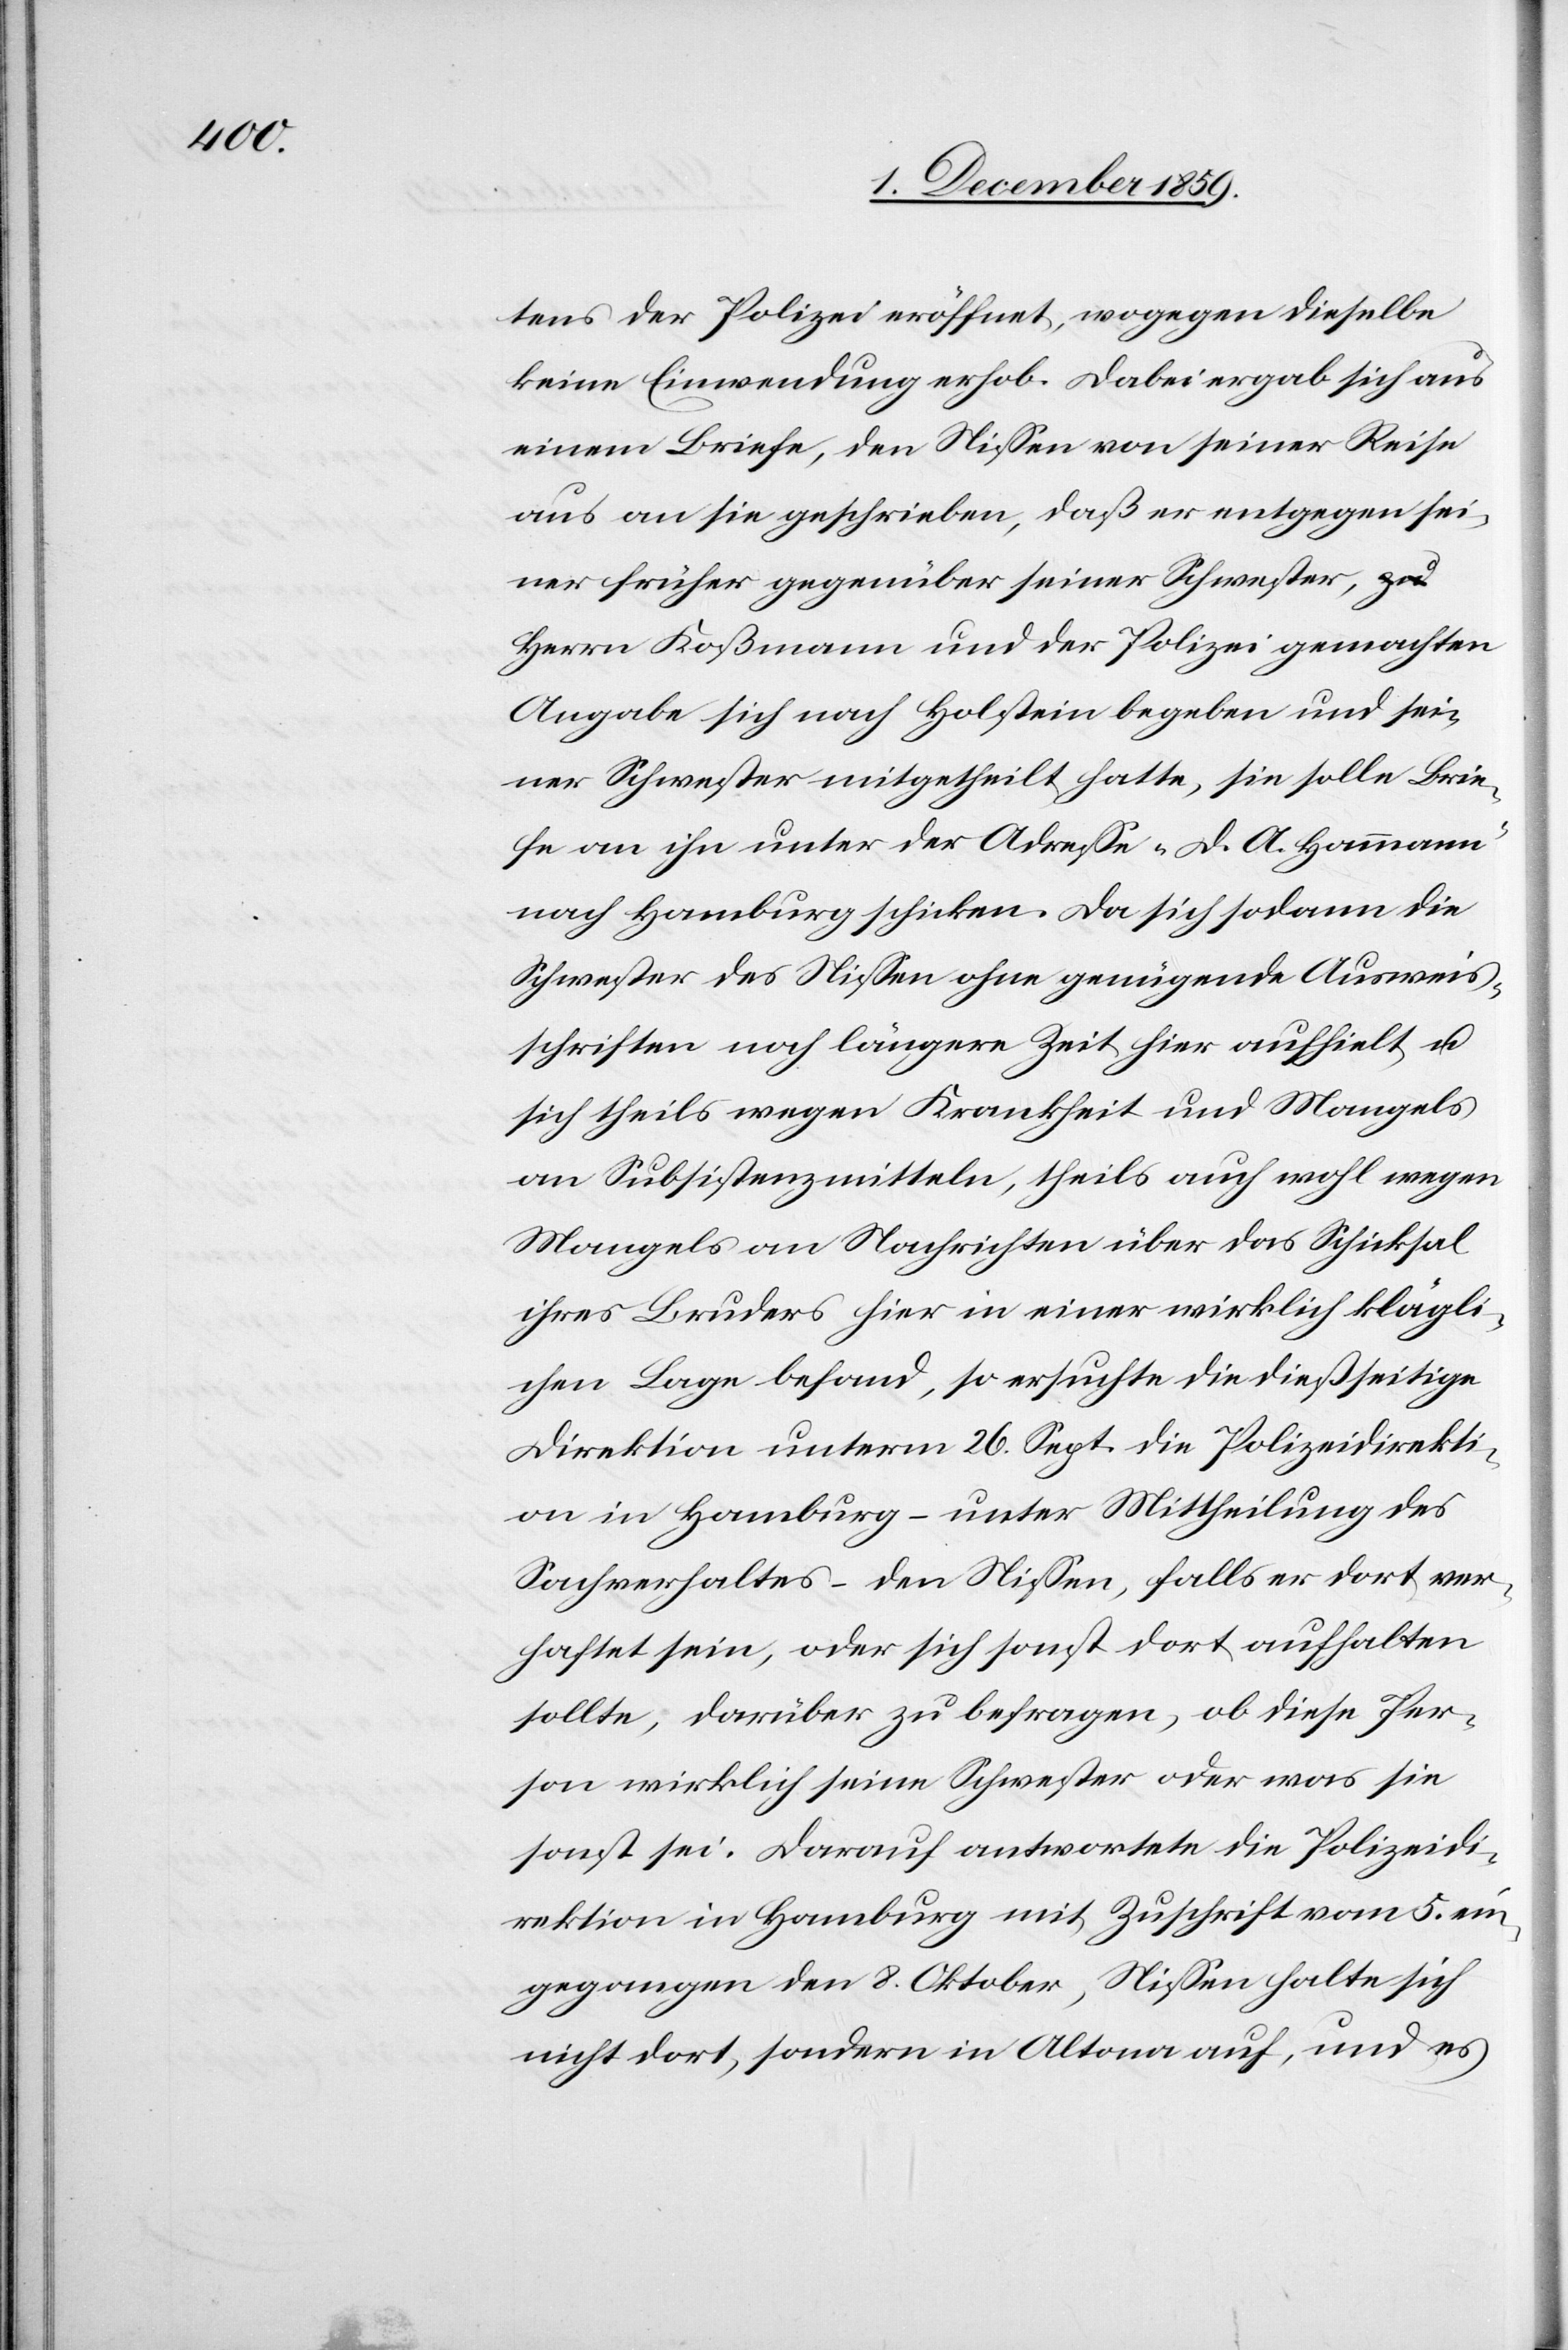
tens der Polizei eröffnet, wogegen dieselbe
keine Einwendung erhob. Dabei ergab sich aus
einem Briefe, den Niessen von seiner Reise
aus an sie geschrieben, daß er entgegen sei¬
ner früher gegenüber seiner Schwester, zu
Herrn Koßmann und der Polizei gemachten
Angabe sich nach Holstein ergeben und sei¬
ner Schwester mitgetheilt hatte, sie solle Brie¬
fe von ihm unter der Adresse „D. A. Hammann“
nach Hamburg schicken. Da sich sodann die
Schwester des Niessen ohne genügende Ausweis¬
schriften noch längere Zeit hier aufhielt u.
sich theils wegen Krankheit und Mangels
an Subsistenzmitteln, theils auch wohl wegen
Mangels an Nachrichten über das Schicksal
ihres Bruders hier in einer wirklich klägli¬
chen Lage befand, so ersuchte die dießseitige
Direktion unterm 26. Sept. die Polizeidirekti¬
on in Hamburg, – unter Mittheilung des
Sachverhaltes – den Niessen, falls er dort ver¬
haftet sein, oder sich sonst dort aufhalten
sollte, darüber zu befragen, ob diese Per¬
son wirklich seine Schwester oder was sie
sonst sei. Darauf antwortete die Polizeidi¬
rektion in Hamburg mit Zuschrift vom 5. ein¬
gegangen den 8. Oktober, Niessen halte sich
nicht dort, sondern in Altona auf, und es